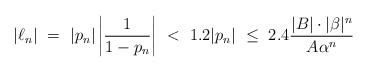
LaTeX: \begin{align*} |\ell_{n}| \ = \ |p_n| \left |\frac{1}{1-p_n}\right | \ < \ 1.2|p_{n}|\ \leq\ 2.4 \frac{|B|\cdot |\beta|^{n}}{A\alpha^{n}}\end{align*}